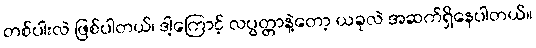
တစ်ပါးလဲ ဖြစ်ပါတယ်၊ ဒါ့ကြောင့် လပွတ္တာနဲ့တော့ ယခုလဲ အဆက်ရှိနေပါတယ်။